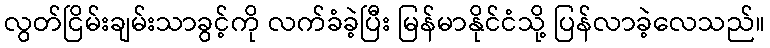
လွတ်ငြိမ်းချမ်းသာခွင့်ကို လက်ခံခဲ့ပြီး မြန်မာနိုင်ငံသို့ ပြန်လာခဲ့လေသည်။